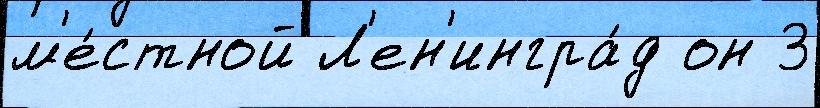
м'е́стной Л'ен'ингра́д он 3